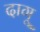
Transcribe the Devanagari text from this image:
दागू